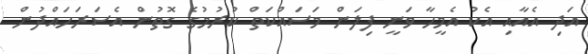
އަދި އެއާއި އެކު އެމީހާ ވަނީ ފިލަން މަސައްކަތް ކުރުމުގެ ގޮތުން އެސަރަހައްދުން